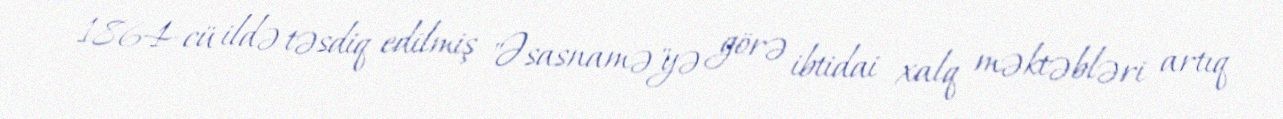
1864-cü ildə təsdiq edilmiş "Əsasnamə"yə görə ibtidai xalq məktəbləri artıq